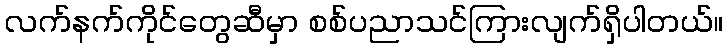
လက်နက်ကိုင်တွေဆီမှာ စစ်ပညာသင်ကြားလျက်ရှိပါတယ်။